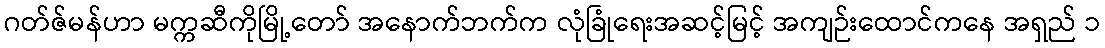
ဂတ်ဇ်မန်ဟာ မက္ကဆီကိုမြို့တော် အနောက်ဘက်က လုံခြုံရေးအဆင့်မြင့် အကျဉ်းထောင်ကနေ အရှည် ၁